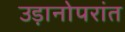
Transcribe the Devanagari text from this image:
उड़ानोपरांत